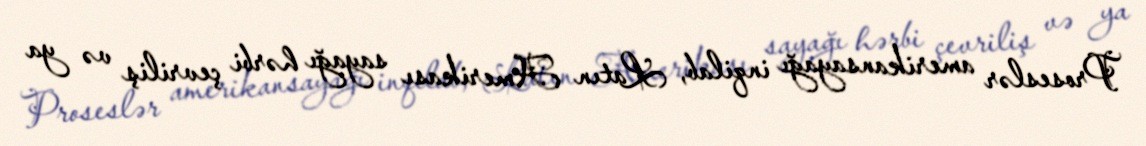
Proseslər amerikansayağı inqilab, Latın Amerikası sayağı hərbi çevriliş və ya